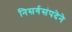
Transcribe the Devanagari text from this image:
निसर्गसंपदेने